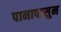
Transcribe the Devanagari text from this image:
पानापासुन